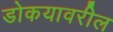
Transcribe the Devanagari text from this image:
डोकयावरील